Document type: Emphyteutic lease
Year: 1333
Scribe: Berenguer Simó
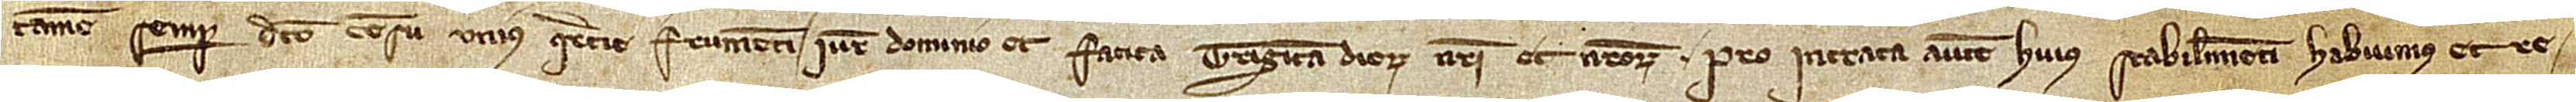
tamen semper dicto censu unius quarterie frumento, iure, dominio et fatica triginta dierum nostri et nostrorum. Pro intrata autem huius stabilimenti habuimus et re-